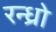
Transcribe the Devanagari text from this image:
रन्ध्रो